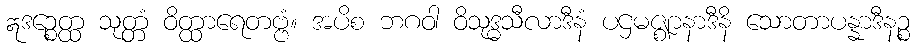
ဣဒဉ္စေတ္ထ သုတ္တံ ဝိတ္ထာရေတဗ္ဗံ။ အပိစ ဘဂဝါ ဝိသုဒ္ဓသီလာဒီနံ ပဌမဇ္ဈာနာဒီနိ သောတာပန္နာဒီနဉ္စ